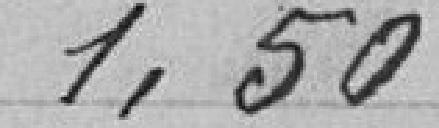
1,50